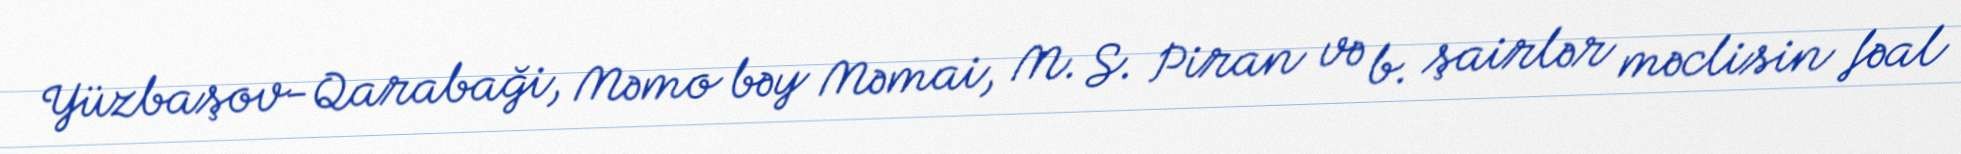
Yüzbaşov-Qarabaği, Məmo bəy Məmai, M. S. Piran və b. şairlər məclisin fəal